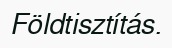
Földtisztítás.